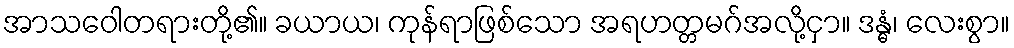
အာသဝေါတရားတို့၏။ ခယာယ၊ ကုန်ရာဖြစ်သော အရဟတ္တမဂ်အလို့ငှာ။ ဒန္ဓံ၊ လေးစွာ။